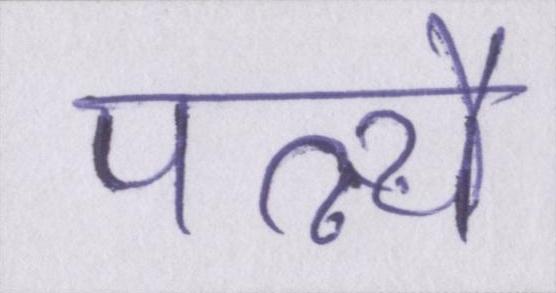
पत्न्यै